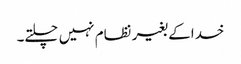
خدا کے بغیر نظام نہیں چلتے۔